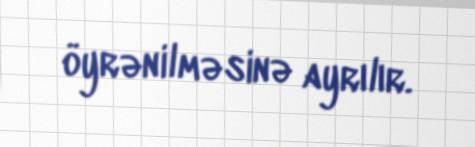
öyrənilməsinə ayrılır.